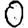
Digit: 0